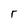
Character: r